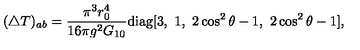
( \triangle T ) _ { a b } = \frac { \pi ^ { 3 } r _ { 0 } ^ { 4 } } { 1 6 \pi g ^ { 2 } G _ { 1 0 } } \mathrm { d i a g } [ 3 , \ 1 , \ 2 \cos ^ { 2 } \theta - 1 , \ 2 \cos ^ { 2 } \theta - 1 ] ,